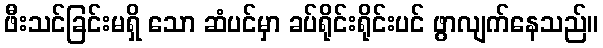
ဖီးသင်ခြင်းမရှိ သော ဆံပင်မှာ ခပ်ရိုင်းရိုင်းပင် ဖွာလျက်နေသည်။